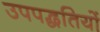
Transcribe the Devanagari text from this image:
उपपद्धतियों